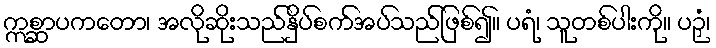
ဣစ္ဆာပကတော၊ အလိုဆိုးသည်နှိပ်စက်အပ်သည်ဖြစ်၍။ ပရံ၊ သူတစ်ပါးကို။ ပဉှံ၊